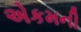
એકમની